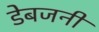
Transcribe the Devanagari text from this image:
डेबजनी